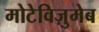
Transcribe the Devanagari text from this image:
मोटेविज़ुमेब